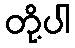
တို့ပါ